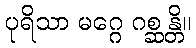
ပုရိသာ မဂ္ဂေ ဂစ္ဆန္တိ။